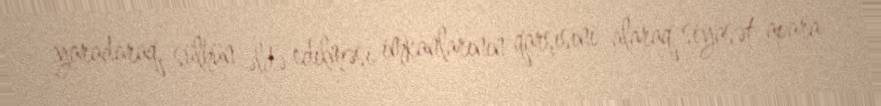
yaradaraq, sülhün əldə edilməsi imkanlarının qarşısını alaraq siyasət apara